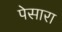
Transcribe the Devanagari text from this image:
पेसारा